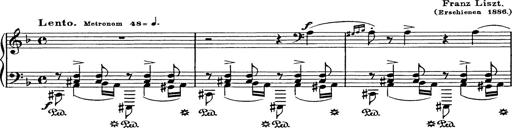
Title: Hungarian Rhapsody No.17
Composer: Franz Liszt
Key: D minor